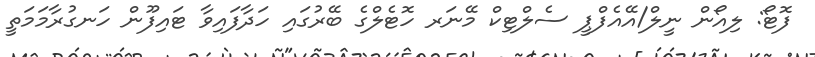
ފޮޓޯ: ލިއޯން ނީލް/އޭއެފްޕީ ސެލްޓިކް މޭނަރ ހޮޓެލްގެ ބޭރުގައި ހަދާފައިވާ ޓައިފޫން ހަނގުރާމަމަތީ